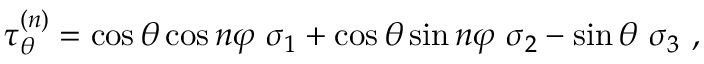
\tau _ { \theta } ^ { ( n ) } = \cos \theta \cos n \varphi \ \sigma _ { 1 } + \cos \theta \sin n \varphi \ \sigma _ { 2 } - \sin \theta \ \sigma _ { 3 } \ ,